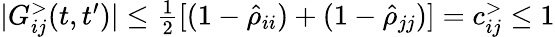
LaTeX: \begin{array}{r}{|G_{ij}^{>}(t,t^{\prime})|\leq\frac{1}{2}[(1-\hat{\rho}_{ii})+(1-\hat{\rho}_{jj})]=c_{ij}^{>}\leq 1}\end{array}